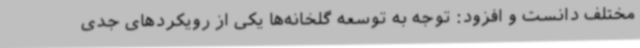
مختلف دانست و افزود: توجه به توسعه گلخانه‌ها یکی از رویکردهای جدی